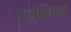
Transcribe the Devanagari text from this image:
खुसिया